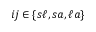
i j \in \{ s \ell , s a , \ell a \}